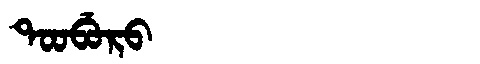
Manchu: ᡨᠣᠣᠪᡠᡵᠣ
Romanization: TOOBURO